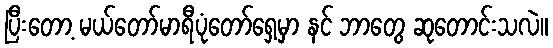
ပြီးတော့ မယ်တော်မာရီပုံတော်ရှေ့မှာ နင် ဘာတွေ ဆုတောင်းသလဲ။